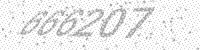
Solution: 666207